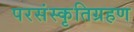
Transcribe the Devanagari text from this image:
परसंस्कृतिग्रहण